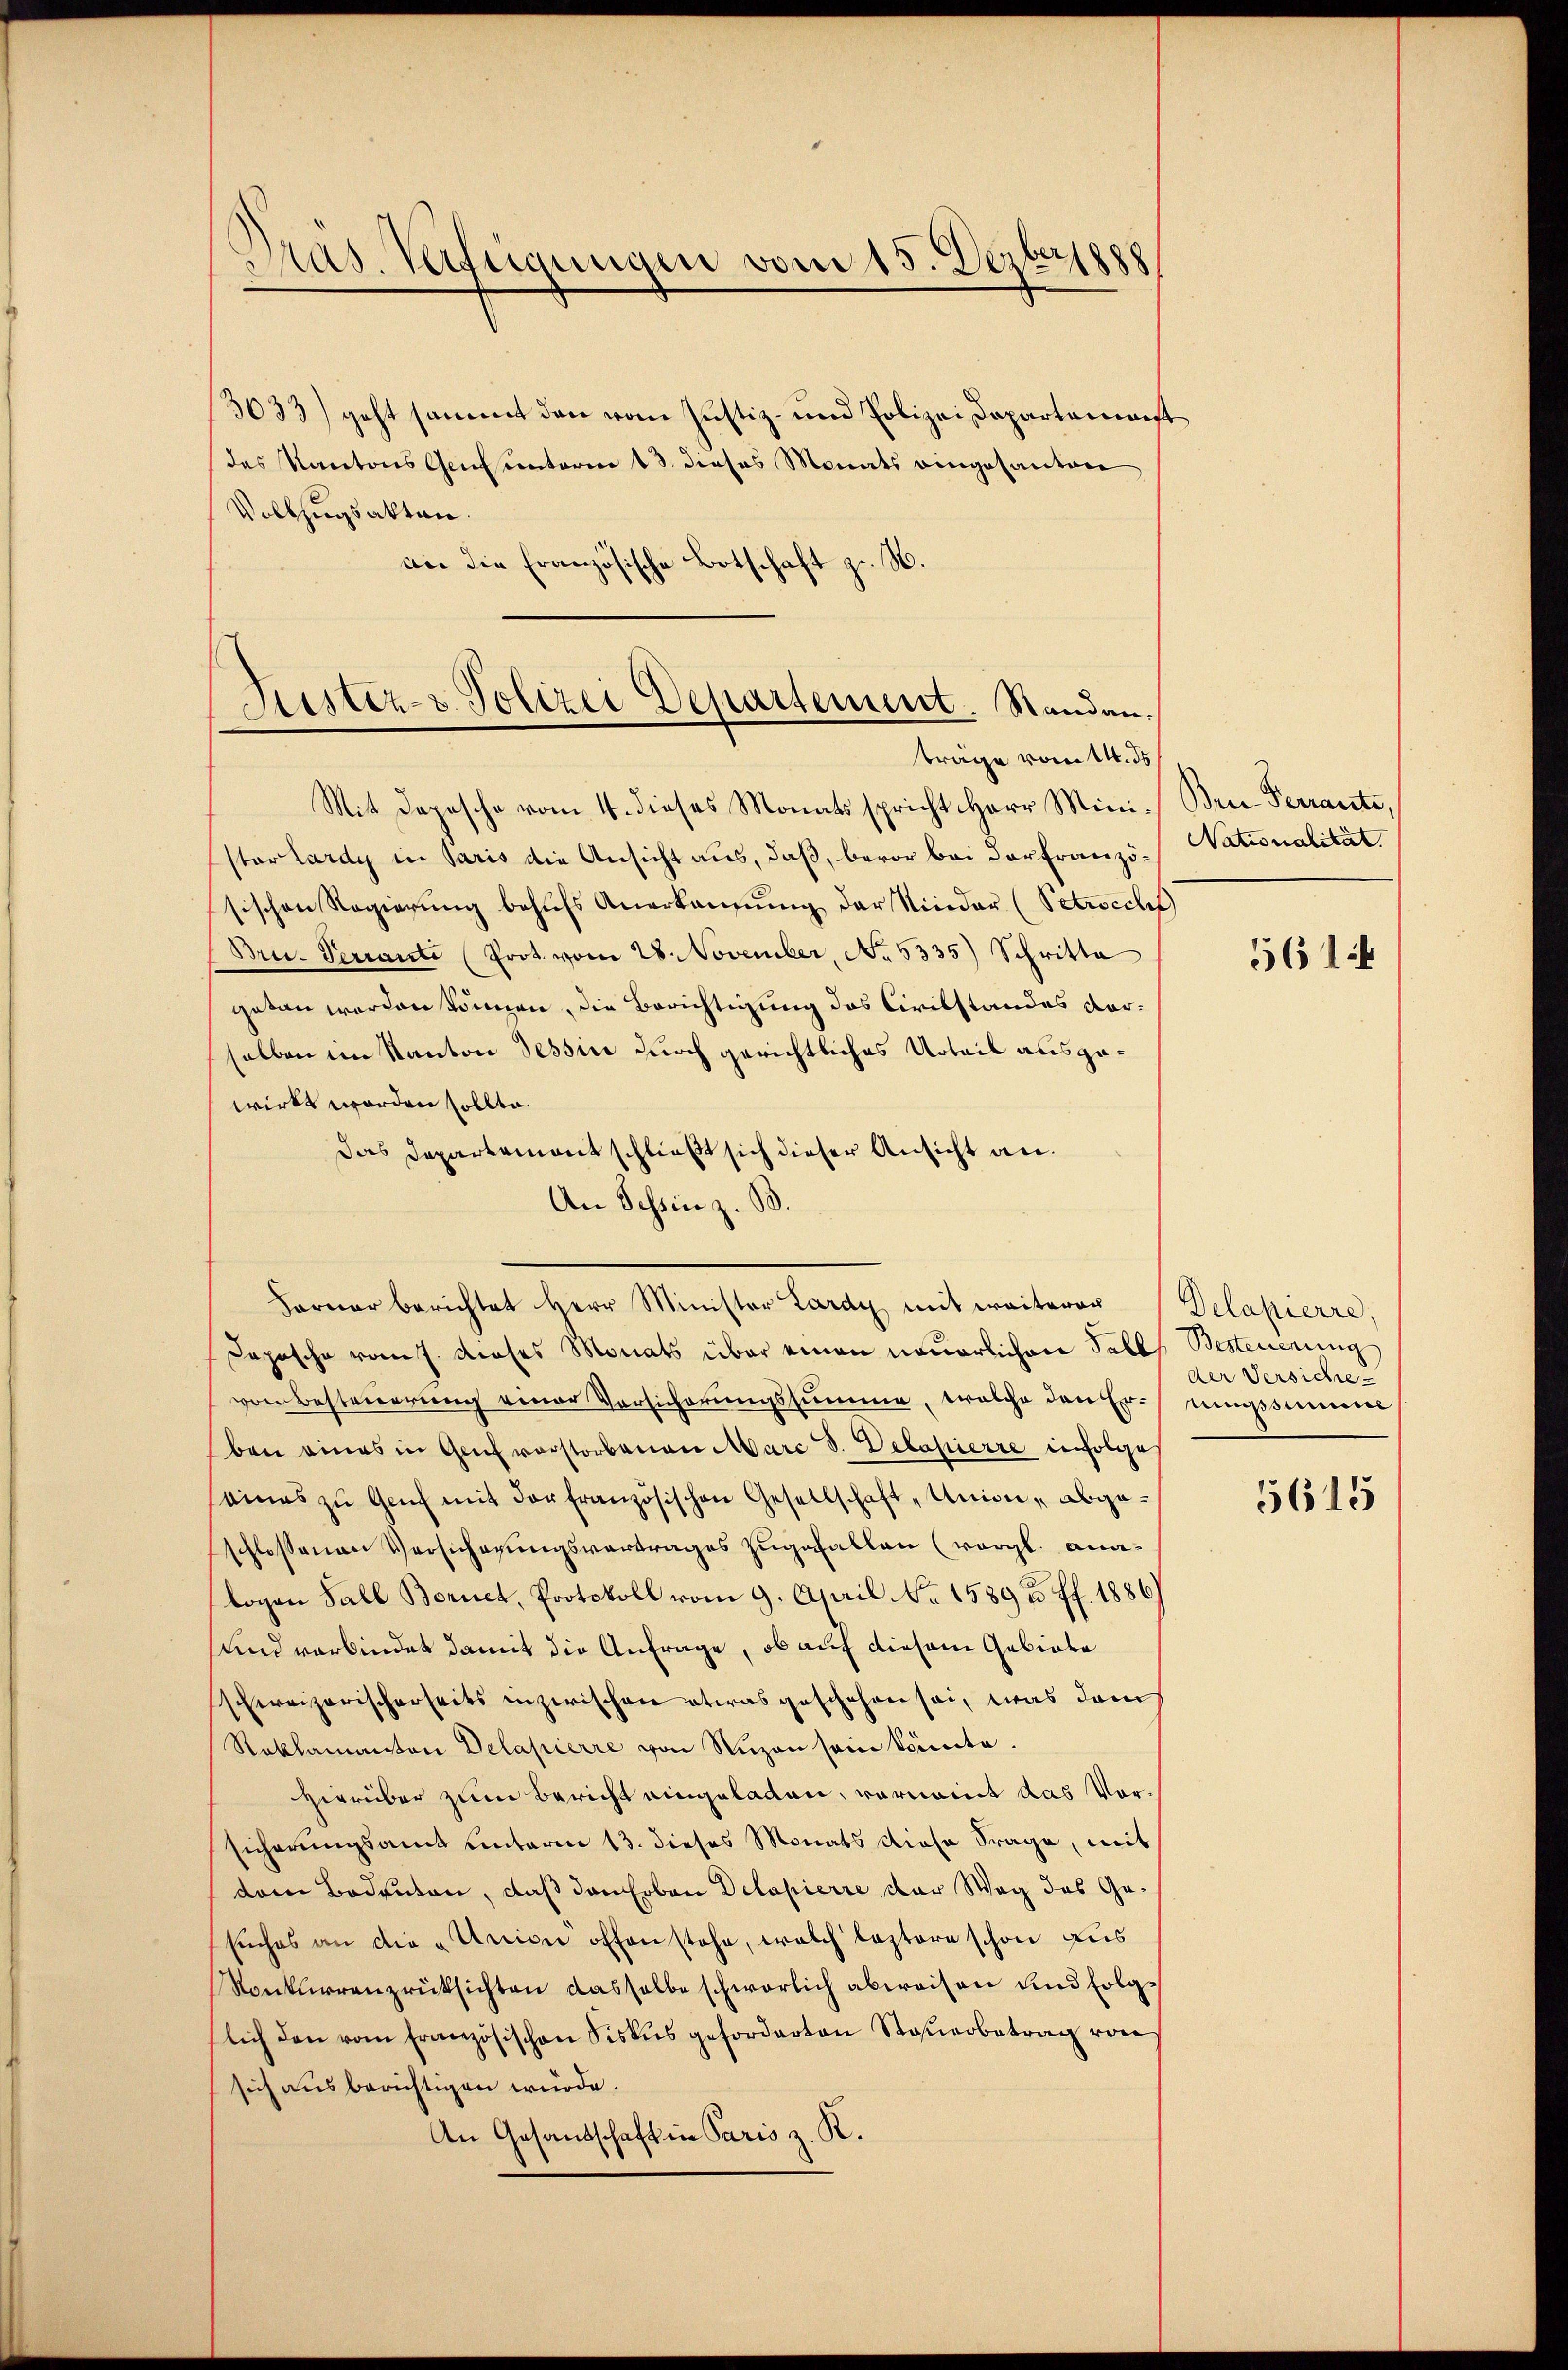
Dräs. Verfügungen vom 15. Dezbrsp

3033) geht sammt den vom Justiz- und Polizei Dapartemonst
das Kantons Genunterm 13. dieses Monats eingesanten
Vollzugsakten.
an die Französische Botschaft zu. N.

Justiz- & Polizei Departement. Standen.
träge vom 14. ds

Mit Depesche vom 4. dieses Monats spricht Herr Mini- Brue-Terrante,
startardy in Paris die Ansicht aus, daß, bevor bei der Französischen Regierung behŭfs Anerkannung der Nieder (Petrocch
Bru. Veranti (Prot. vom 28. November, No. 5335) Schritta
getan werden können, die Berichtigung des Civilstandes darselben im Kanton Tessin durch gerichtliches Urteil ausgewirkt worden sollte.
Das Departement schließt sich dieser Ansicht an.
An Schinz. B.
Dopische vom 7. dieses Monats über einen neuerlichen Falls Besteuerung
von Besteuerung einer Vorsicherungssumme, welche den Errungssumme
ben eines in Genf verstorbenen Marc S. Delapierre infolge
eines zu Genf mit der französischen Gesellschaft Union, abgeschlossenen Versicherungsvertrages zugefallen (vergl. analogen Fall Bornet, Protokoll vom 9. April No 1589 u. ff. 1886)
sund verbindet damit die Anfrage, ob auf diesem Gebiete
Eweizerischerseits inzwischen etwas geschehen sei, was dem
Roklamanton Delapierre von Nuzen sein könnte.
Hierüber zum Bericht eingeladen, vornoit das Vorsicherungsamt unterm 13. dieses Monats diese Frage, mit
dem Bodenten, daß den oben Dilapierre der Weg des Gesuches an die „Union offen stehe, welch lastere schon aus
Ronkurrenzrüksichten dasselbe schwerlich abweisen und folglich den vom Französischen Fiskus geforderten Steŭerbetrag von
sich aus berichtigen würde.
An Gesandschaft in Paris z. R.

Ferner berichtet Herr Minister Lardy mit weiterer Delapierre,

Nationalität.

5614

der Versiche-
5615